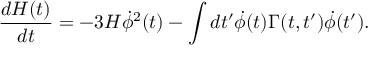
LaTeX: \frac { d { \cal H } ( t ) } { d t } = - 3 H { \dot { \phi } } ^ { 2 } ( t ) - \int d t ^ { \prime } { \dot { \phi } } ( t ) \Gamma ( t , t ^ { \prime } ) { \dot { \phi } } ( t ^ { \prime } ) .